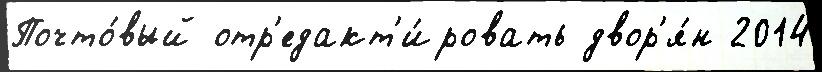
Почто́вый отр'едакт'и́ровать двор'я́н 2014